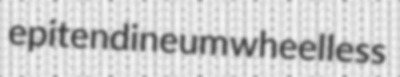
epitendineum wheelless